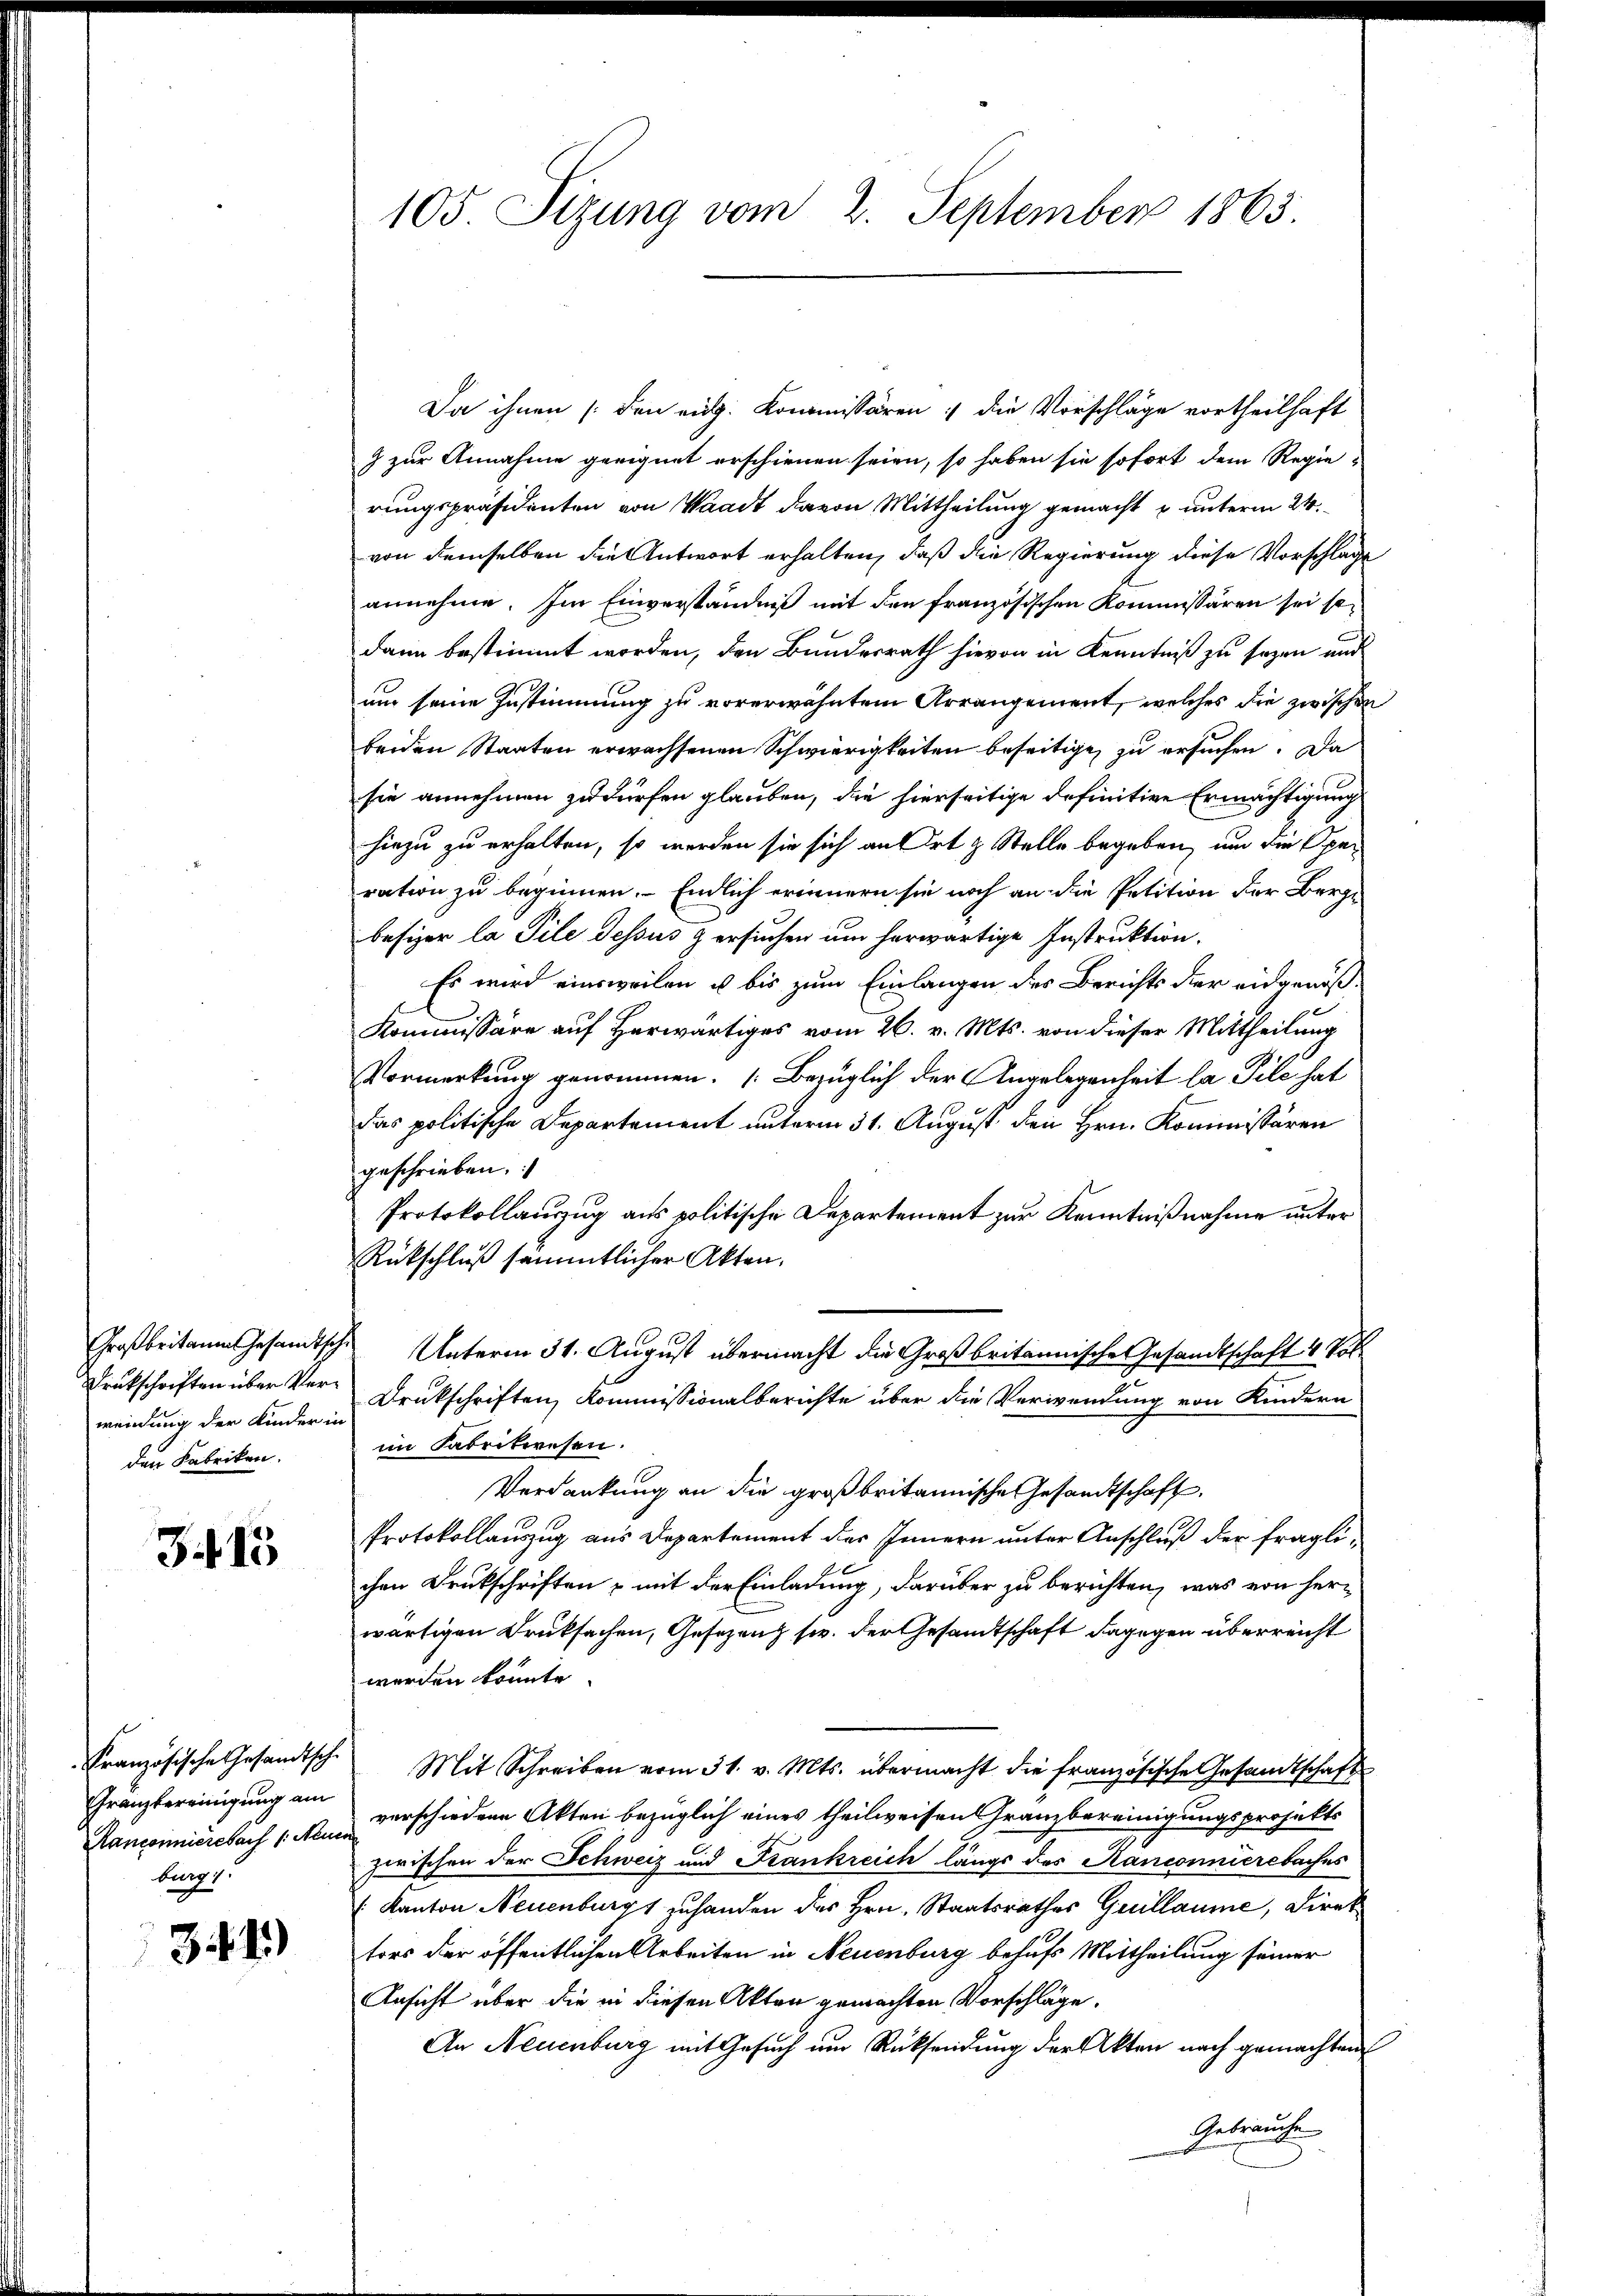
Großbritain Gesandtsch
Drukschriften über Verweinung der Kinder in
den Fabriken.

Zif. 15

Französische Gesandtsche
Granzbereinigung am
Ranconnierebach /: Neun
burg 1.

31)

105. Sizung vom 2. September 1863.

Da ihnen (den eidg. Kommissären :/ die Vorschläge vortheilhaft
z zur Annahme geeignet erschienen seien, so haben sie sofort dem Regie-
rungspräsidenten von Waadt davon Mittheilung gemacht u unterm 24.
von demselben die Antwort erhalten, daß die Regierung diese Vorschlage
annehme. Im Einverständniß mit den französischen Kommissären sei sodann bestimmt worden, den Bundesrath hievon in Kenntniß zu sezen und
um seine Zustimmung zu vorerwähntem Arrangement, welches die zwischen
beiden Staaten erwachsenen Schwierigkeiten beseitige, zu ersuchen. Da
sie annehmen zu dürfen glauben, die hierseitige definitive Ermächtigung
hiezu zu erhalten, so werden sie sich an Ort & Stelle begeben, um die Speration zu beginnen. - Endlich erinnern sie noch an die Petition der Berge
besizer la Pile dessus zersuchen am herwärtige Instruktion.
Es wird einsweilen u bis zum Einlangen des Berichts der eidgenöß¬
Kommissäre auf herwärtiges vom 26. v. Mts. von dieser Mittheilung
Vormerkung genommen. (Bezüglich der Angelegenheit la Pile hat
das politische Departement unterm 31. August den Hrn. Kommissären
geschrieben.
Protokollauszug aus politische Departement zur Kenntnißnahme unter
Rückschluß sämmtlicher Akten.
Unterm 31. August übermacht die Großbritannische Gesandtschaft 4 Pol
Drukschriften, Kommissionalberichte über die Verwendung von Kindern
im Fabrikwesen.
Verdankung an die großbritannische Gesandtschaft
Protokollauszug aus Departement des Innern unter Anschluß der fraglichen Druckschriften & mit der Einladung, darüber zu berichten, was von herwärtigen Druksachen, Gesezenz sie. Der Gesandtschaft dagegen überreicht
werden könnte.
Mit Schreiben vom 31. v. Mts. übermacht die französische Gesandtschaft
verschiedene Akten bezüglich eines theilweisen Granzbereinigungsprojekts
zwischen der Schweiz und Frankreich längs das Kanconnierebaches
 Kanton Neuenburgs zuhanden des Hrn. Staatsrathes Guillaume, Direk
tors der öffentlichen Arbeiten in Neuenburg behufs Mittheilung seiner
Ansicht über die in diesen Akten gemachten Vorschläge.
An Neuenburg mit Gesuch um Rücksendung der Akten nach gemachten
Gebrauche